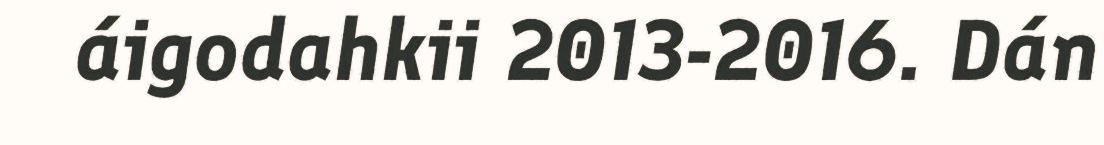
áigodahkii 2013-2016. Dán